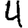
Digit: 4